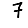
Digit: 7